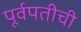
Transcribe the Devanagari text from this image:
पूर्वपतीची